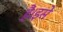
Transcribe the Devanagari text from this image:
हैं।इसे